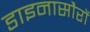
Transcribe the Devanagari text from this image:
डाइनासौरों